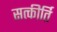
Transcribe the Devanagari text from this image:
सत्कीर्ति